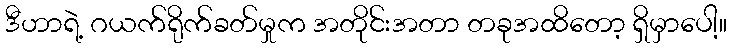
ဒီဟာရဲ့ ဂယက်ရိုက်ခတ်မှုက အတိုင်းအတာ တခုအထိတော့ ရှိမှာပေါ့။